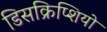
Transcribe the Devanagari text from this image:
डिसक्रिप्शियो